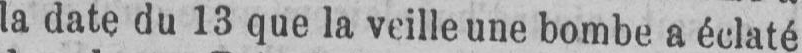
la date du 13 que la veille une bombe a éclaté